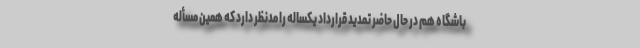
باشگاه هم در حال حاضر تمدید قرارداد یکساله را مدنظر دارد که همین مسأله